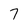
Character: 7